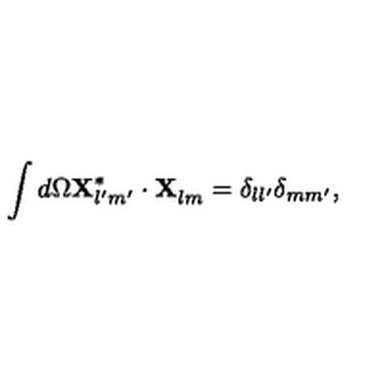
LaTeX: \int d \Omega { \bf X } _ { l ^ { \prime } m ^ { \prime } } ^ { * } \cdot { \bf X } _ { l m } ^ { \vphantom { * } } = \delta _ { l l ^ { \prime } } \delta _ { m m ^ { \prime } } ,